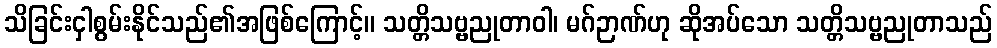
သိခြင်းငှါစွမ်းနိုင်သည်၏အဖြစ်ကြောင့်။ သတ္တိသဗ္ဗညုတာဝါ၊ မဂ်ဉာဏ်ဟု ဆိုအပ်သော သတ္တိသဗ္ဗညုတာသည်